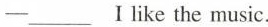
—___Ⅰlike the music.